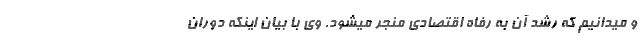
و میدانیم که رشد آن به رفاه اقتصادی منجر میشود. وی با بیان اینکه دوران